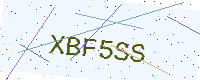
Text: XBF5SS